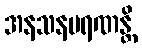
အနသနမရဏန္တိ